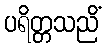
ပရိတ္တသညိံ